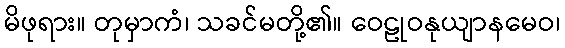
မိဖုရား။ တုမှာကံ၊ သခင်မတို့၏။ ဝေဠုဝနုယျာနမေဝ၊